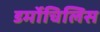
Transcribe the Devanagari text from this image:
डर्मोचिलिस